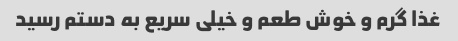
غذا گرم و خوش طعم و خیلی سریع به دستم رسید